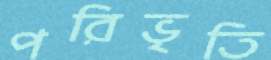
পরিভৃতি